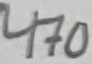
Text: 470